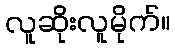
လူဆိုးလူမိုက်။